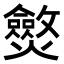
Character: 𤒥